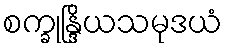
စက္ခုန္ဒြိယသမုဒယံ